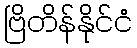
ဗြိတိန်နိုင်ငံ